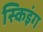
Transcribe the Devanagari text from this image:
स्किइंग